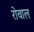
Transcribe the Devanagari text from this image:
रोवाल